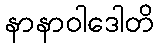
နာနာဝါဒေါတိ